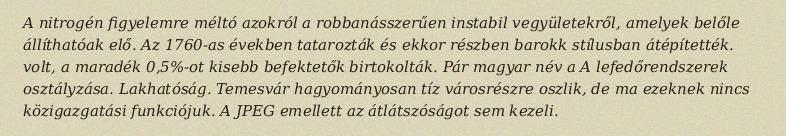
A nitrogén figyelemre méltó azokról a robbanásszerűen instabil vegyületekről, amelyek belőle állíthatóak elő. Az 1760-as években tatarozták és ekkor részben barokk stílusban átépítették. volt, a maradék 0,5%-ot kisebb befektetők birtokolták. Pár magyar név a A lefedőrendszerek osztályzása. Lakhatóság. Temesvár hagyományosan tíz városrészre oszlik, de ma ezeknek nincs közigazgatási funkciójuk. A JPEG emellett az átlátszóságot sem kezeli.